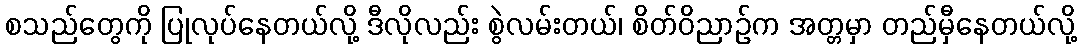
စသည်တွေကို ပြုလုပ်နေတယ်လို့ ဒီလိုလည်း စွဲလမ်းတယ်၊ စိတ်ဝိညာဉ်က အတ္တမှာ တည်မှီနေတယ်လို့